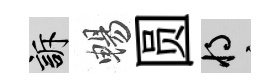
訴暢圆將